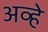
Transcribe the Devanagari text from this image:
अव्हे